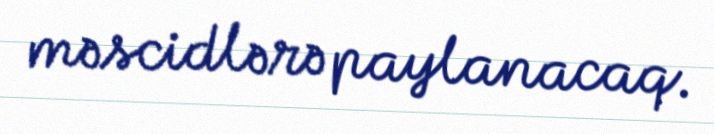
məscidlərə paylanacaq.